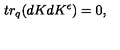
t r _ { q } ( d K d K ^ { \epsilon } ) = 0 ,